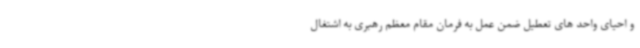
و احیای واحد های تعطیل ضمن عمل به فرمان مقام معظم رهبری به اشتغال